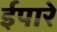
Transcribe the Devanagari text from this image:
ईपारे